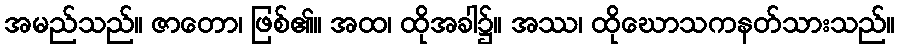
အမည်သည်။ ဇာတော၊ ဖြစ်၏။ အထ၊ ထိုအခါ၌။ အဿ၊ ထိုဃောသကနတ်သားသည်။